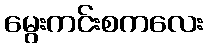
မွေးကင်းစကလေး